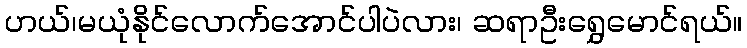
ဟယ်၊မယုံနိုင်လောက်အောင်ပါပဲလား၊ ဆရာဦးရွှေမောင်ရယ်။